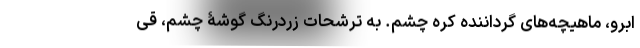
اَبرو، ماهیچه‌های گرداننده کُره چشم. به ترشحات زردرنگ گوشۀ چشم، قی